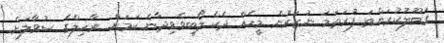
ގަބޫލުކުރަންތަ ފުރަތަމަ ނަޒަރުން މީހެއް ދެކެ ލޯބިވެވިދާނެ ކަމަށް.. ރާހިލްގެ ސުވާލަށް